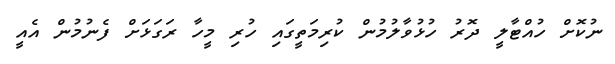
ނުކޮށް ހުއްޓާލީ ދޮރު ހުޅުވާލުމުން ކުރިމަތީގައި ހުރި މީހާ ރަގަޅަށް ފެނުމުން އެއީ